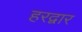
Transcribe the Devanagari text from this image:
हरद्वार